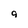
Character: 9